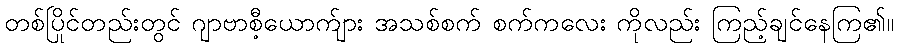
တစ်ပြိုင်တည်းတွင် ဂျာဗာစီ့ယောက်ျား အသစ်စက် စက်ကလေး ကိုလည်း ကြည့်ချင်နေကြ၏။